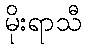
မိုးရာသီ